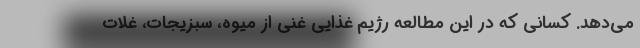
می‌دهد. کسانی که در این مطالعه رژیم غذایی غنی از میوه، سبزیجات، غلات